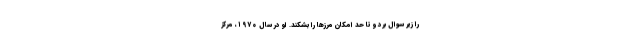
را زیر سوال برد و تا حد امکان مرزها را بشکند. او در سال ۱۹۷۰، مرکز